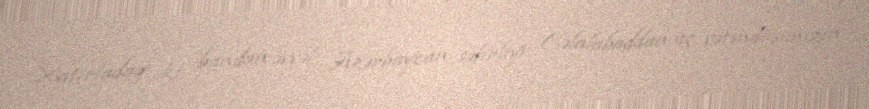
Xatırladaq ki, bundan əvvəl Azərbaycan səfirliyi Cəlalabaddan üç vətəndaşımızın